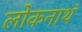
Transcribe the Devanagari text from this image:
लोकनाथं